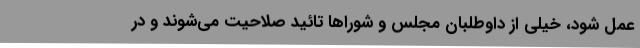
عمل شود، خیلی از داوطلبان مجلس و شوراها تائید صلاحیت می‌شوند و در